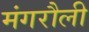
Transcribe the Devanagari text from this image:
मंगरौली